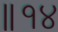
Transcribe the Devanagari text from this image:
॥१४